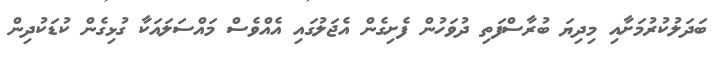
ބަދަލުކުރުމަށާއި މިދިޔަ ބުރާސްފަތި ދުވަހުން ފެށިގެން އެޖަލުގައި އެއްވެސް މައްސަލައަކާ ގުޅިގެން ކުޑަކުދިން